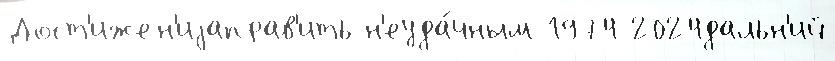
Дост'ижен'иjаправ'ить н'еуда́чным 1974 2024дальн'ий